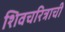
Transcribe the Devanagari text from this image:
शिवचरित्राची